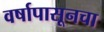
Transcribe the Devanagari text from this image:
वर्षापासूनचा